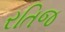
રતિજ